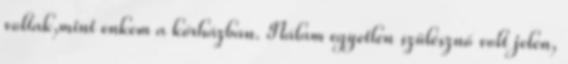
voltak,mint enkem a kórházban. Nálam egyetlen szülésznő volt jelen,